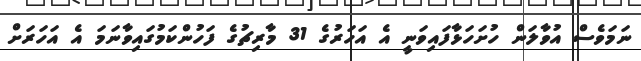
ނަމަވެސް އުވާލަން ހުށަހަޅާފައިވަނީ އެ އަހަރުގެ 31 މާރިޗުގެ ފަހުންކަމުގައިވާނަމަ އެ އަހަރަށް